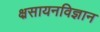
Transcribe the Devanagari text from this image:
क्ष्रसायनविज्ञान